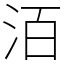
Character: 洦